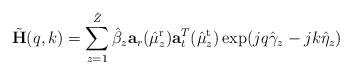
LaTeX: \begin{align*} \tilde{\mathbf{H}}(q,k)=\sum_{z=1}^{\hat{Z}}\hat{\beta}_{z}\mathbf{a}_r(\hat{\mu}^{\mathrm{r}}_z)\mathbf{a}^T_t(\hat{\mu}^{\mathrm{t}}_z)\exp(jq\hat{\gamma}_{z}-jk\hat{\eta}_z)\end{align*}